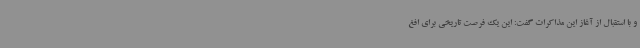
و با استقبال از آغاز این مذاکرات گفت: این یک فرصت تاریخی برای افغ